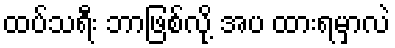
ထပ်သရီး ဘာဖြစ်လို့ အပ ထားရမှာလဲ